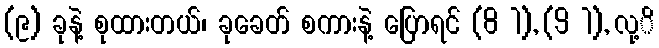
(၉) ခုနဲ့ စုထားတယ်၊ ခုခေတ် စကားနဲ့ ပြောရင် (8 1), (9 1), လု့ိ